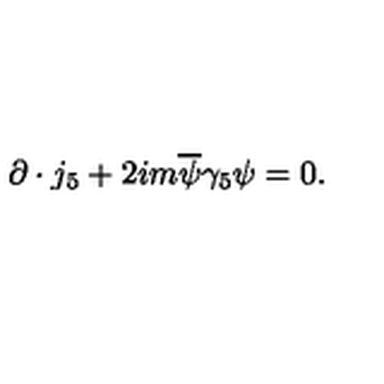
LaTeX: \partial \cdot j _ { 5 } + 2 i m \overline { { \psi } } \gamma _ { 5 } \psi = 0 .